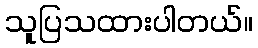
သူပြသထားပါတယ်။